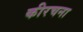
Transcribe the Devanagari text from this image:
कीरचना